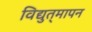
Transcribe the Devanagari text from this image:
विद्युत्‌मापन